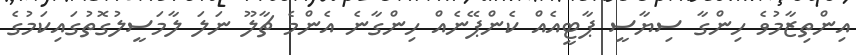
އިންތިޒާމުވެ ހިންގާ ސިޔާސީ ޕާޓީއެއް ކެންޕޭނެއް ހިންގާނެ އެންމެ ޗާލޫ ނަލަ ލާމަސީލުގޮތުގައިކަމުގެ